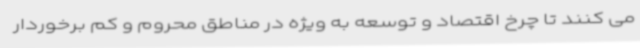
می کنند تا چرخ اقتصاد و توسعه به ویژه در مناطق محروم و کم برخوردار